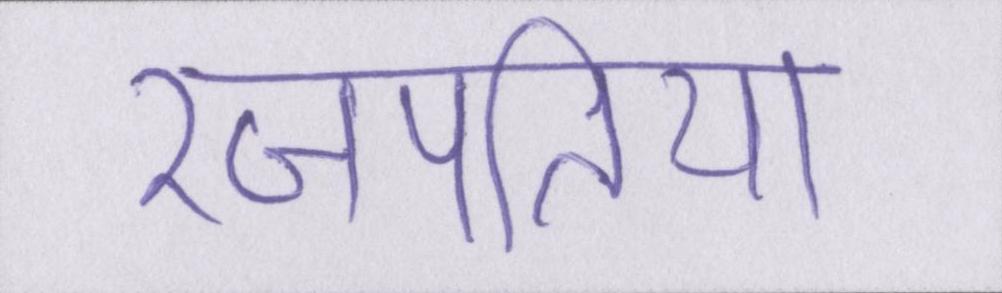
रजपतिया